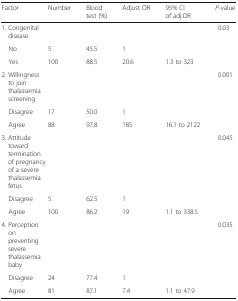
| Factor | Number | Blood test (%) | Adjust OR | 95% CI of adj.OR | P-value |
 | --- | --- | --- | --- | --- | --- |
 | <COLSPAN=5> 1. Congenital disease | 0.03 |
 | No | 5 | 45.5 | 1 |  |  |
 | Yes | 100 | 88.5 | 20.6 | 1.3 to 323 |  |
 | <COLSPAN=5> 2. Willingness to join thalassemia screening | 0.001 |
 | Disagree | 17 | 50.0 | 1 |  |  |
 | Agree | 88 | 97.8 | 185 | 16.1 to 2122 |  |
 | <COLSPAN=5> 3. Attitude toward termination of pregnancy of a severe thalassemia fetus | 0.045 |
 | Disagree | 5 | 62.5 | 1 |  |  |
 | Agree | 100 | 86.2 | 19 | 1.1 to 338.5 |  |
 | <COLSPAN=5> 4. Perception on preventing severe thalassemia baby | 0.035 |
 | Disagree | 24 | 77.4 | 1 |  |  |
 | Agree | 81 | 87.1 | 7.4 | 1.1 to 47.9 |  |